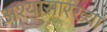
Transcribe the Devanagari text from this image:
अश्यासारख्या